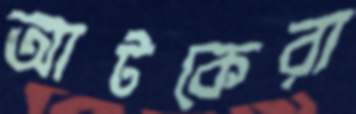
আটকেরা